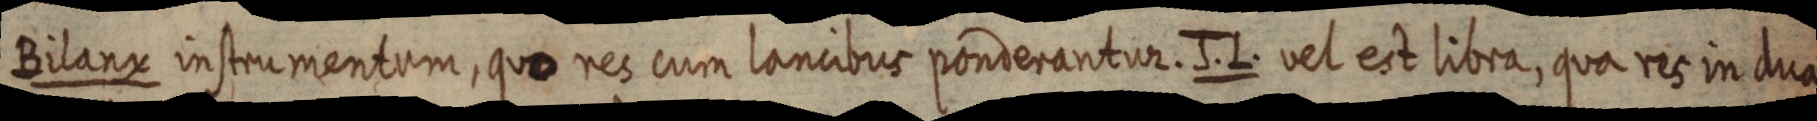
Bilanx instrumentum, quo res cum lancibus ponderantur. J. L. vel est libra, qua res in dua